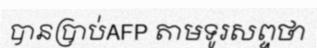
បានប្រាប់AFP តាមទូរសព្ទថា